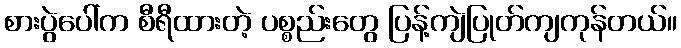
စားပွဲပေါ်က စီရီထားတဲ့ ပစ္စည်းတွေ ပြန့်ကျဲပြုတ်ကျကုန်တယ်။